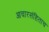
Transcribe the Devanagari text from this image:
आचारसंहिताच